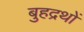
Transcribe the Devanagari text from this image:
बुहद्रथों